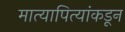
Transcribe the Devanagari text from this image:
मात्यापित्यांकडून